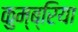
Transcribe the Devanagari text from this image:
कुम्ब्रिया